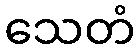
သေတံ